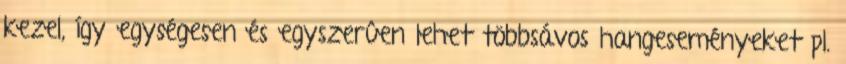
kezel, így egységesen és egyszerûen lehet többsávos hangeseményeket pl.